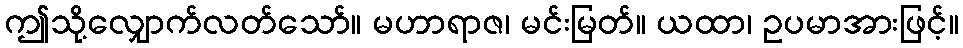
ဤသို့လျှောက်လတ်သော်။ မဟာရာဇ၊ မင်းမြတ်။ ယထာ၊ ဥပမာအားဖြင့်။